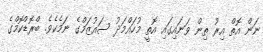
ނަން އޮތް އިރު ތިން ވަނައިގައި އޮތީ މުހައްމަދު ސައުޒަމްގެ ނަމެކެވެ. ބްރޮޑްކޮމްގެ